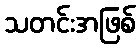
သတင်းအဖြစ်